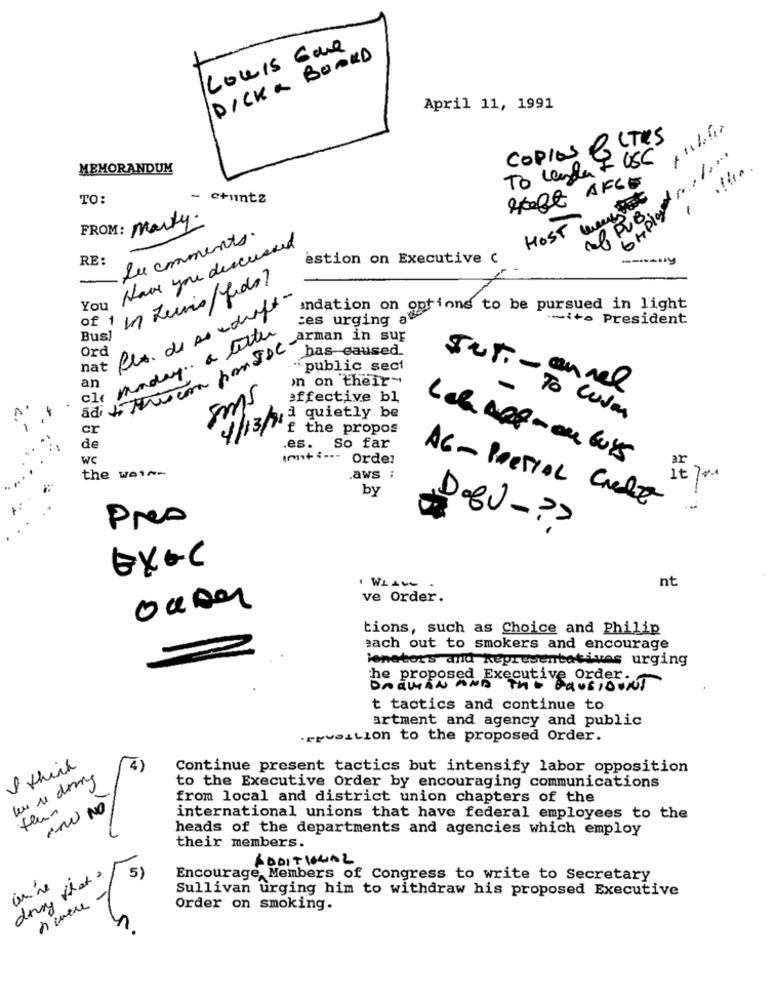
Lowis Gone
PICK& BOARD
April 11, 1991
COPIES & LTRS
To Legly FOSC
MEMORANDUM
Het AFGE
TO:
-
c+untz
HOST way out
FROM: marty.
Lucomments.
Have you discussed
RE:
estion on Executive c
of 1 mn Juris/fido?
You
Plx. de sondraft-
undation on options to be pursued in light
:es urging a
i+ President
Bus
Cle monday. a tester
Ord
has-caused.
nat
public sect
on their-
an
sms
effective bl
4/13 à quietly be
To cuva
f the propos
de
.es.
So far
WC
(mti --- Order
the wein
aws i
by
AG - Poesial Crede
Pres
D.EU -?
DX+C
nt
ouso
ve Order.
tions, such as Choice and Philip
each out to smokers and encourage
ienetors and Representatives urging
the proposed Executive Order-
DraMAN AND THE FausIDONT
t tactics and continue to
artment and agency and public
.reveiLion to the proposed Order.
4)
I think
Continue present tactics but intensify labor opposition
we ce dorry
to the Executive Order by encouraging communications
from local and district union chapters of the
NOW NO
international unions that have federal employees to the
heads of the departments and agencies which employ
their members.
ADDITIONAL
drug that's
51
Encourage Members of Congress to write to Secretary
Sullivan urging him to withdraw his proposed Executive
Order on smoking.